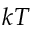
k T